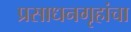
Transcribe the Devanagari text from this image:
प्रसाधनगृहांचा